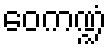
ဝေကဏ္ဍံ